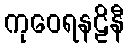
ကုဝေရနဠိနီ